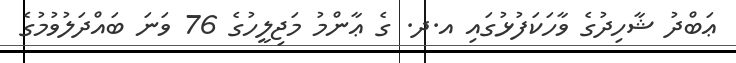
ޢަބްދު ޝާހިދުގެ ވާހަކަފުޅުގައި އ.ދ. ގެ ޢާންމު މަޖިލީހުގެ 76 ވަނަ ބައްދަލުވުމުގެ